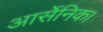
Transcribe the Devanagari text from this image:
आर्सेनिक।